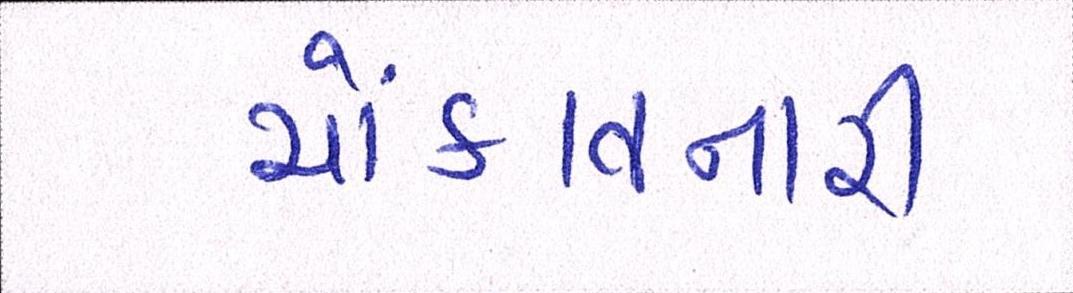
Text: ચોંકાવનારી